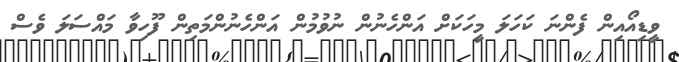
ވީޑިއޯއިން ފެންނަ ކަހަލަ މީހަކަށް އަންހެނުން ނުވުމުން އަންހެނުންމަތިން ފޫހިވާ މައްސަލަ ވެސް